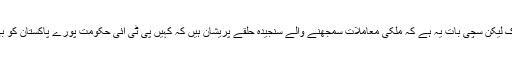
میرے منہ میں خاک لیکن سچی بات یہ ہے کہ ملکی معاملات سمجھنے والے سنجیدہ حلقے پریشان ہیں کہ کہیں پی ٹی آئی حکومت پورے پاکستان کو بی آر ٹی نہ بنا دے۔